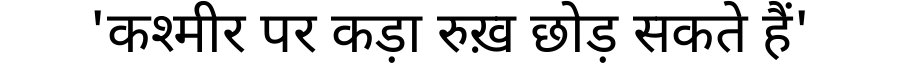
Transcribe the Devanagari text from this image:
'कश्मीर पर कड़ा रुख़ छोड़ सकते हैं'